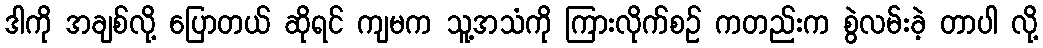
ဒါကို အချစ်လို့ ပြောတယ် ဆိုရင် ကျမက သူ့အသံကို ကြားလိုက်စဉ် ကတည်းက စွဲလမ်းခဲ့ တာပါ လို့